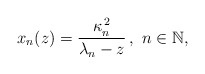
\begin{align*}x_{n}(z)=\frac{\kappa_{n}^{\,2}}{\lambda_{n}-z}\,,\ n\in\mathbb{N},\end{align*}